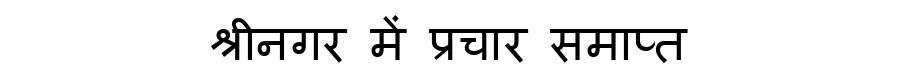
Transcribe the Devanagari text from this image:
श्रीनगर में प्रचार समाप्त